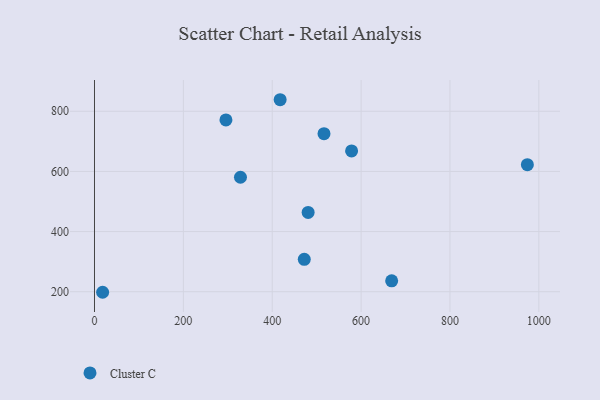
{"axis": {"x": "Price", "y": "Profit"}, "legend": ["Cluster C"], "data": [{"x": "516.5", "y": 725.5, "type": "Cluster C"}, {"x": "18.3", "y": 198.2, "type": "Cluster C"}, {"x": "668.8", "y": 236.2, "type": "Cluster C"}, {"x": "480.8", "y": 463.8, "type": "Cluster C"}, {"x": "328.5", "y": 580.6, "type": "Cluster C"}, {"x": "472.1", "y": 307.9, "type": "Cluster C"}, {"x": "578.6", "y": 668.3, "type": "Cluster C"}, {"x": "295.8", "y": 771.3, "type": "Cluster C"}, {"x": "974.2", "y": 622.5, "type": "Cluster C"}, {"x": "417.8", "y": 838.4, "type": "Cluster C"}]}